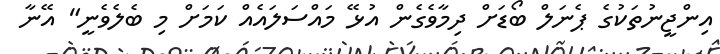
އިންޖީނުތަކުގެ ޕެނަލް ބޯޑަށް ދިމާވެގެން އުޅޭ މައްސަލައެއް ކަަމަށް މި ބެލެވެނީ" އޭނާ